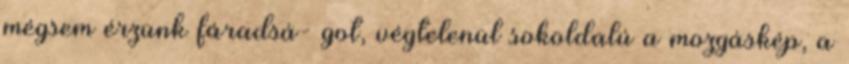
mégsem érzünk fáradsá- got, végtelenül sokoldalú a mozgáskép, a